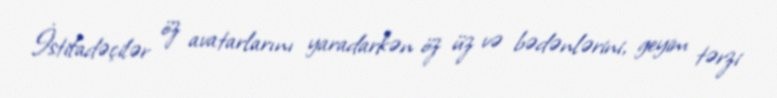
İstifadəçilər öz avatarlarını yaradarkən öz üz və bədənlərini, geyim tərzi